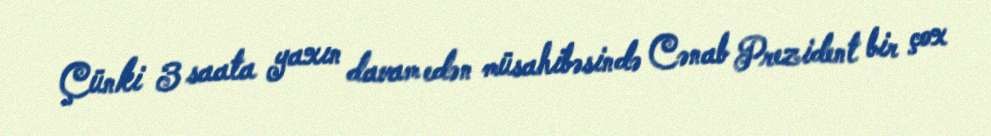
Çünki 3 saata yaxın davam edən müsahibəsində Cənab Prezident bir çox